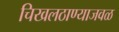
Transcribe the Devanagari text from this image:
चिखलठाण्याजवळ